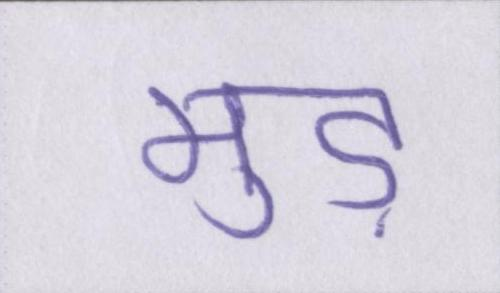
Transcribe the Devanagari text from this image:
मुड़